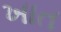
ખાત